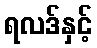
ရလဒ်နှင့်